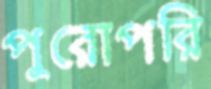
পুরোপরি